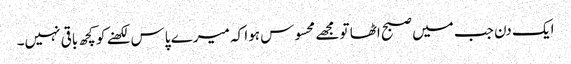
ایک دن جب میں صبح اٹھا تو مجھے محسوس ہوا کہ میرے پاس لکھنے کو کچھ باقی نہیں۔